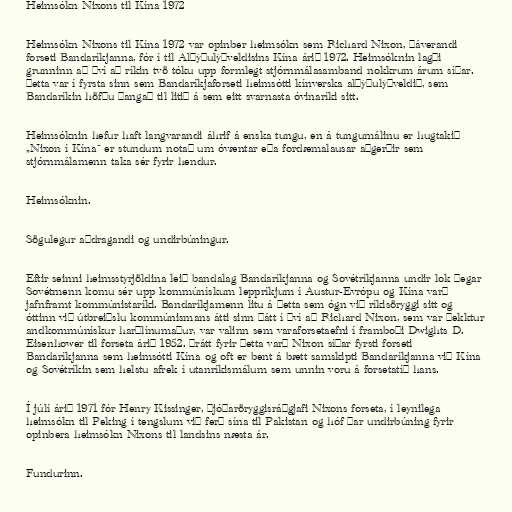
Heimsókn Nixons til Kína 1972

Heimsókn Nixons til Kína 1972 var opinber heimsókn sem Richard Nixon, þáverandi
forseti Bandaríkjanna, fór í til Alþýðulýðveldisins Kína árið 1972. Heimsóknin lagði
grunninn að því að ríkin tvö tóku upp formlegt stjórnmálasamband nokkrum árum síðar.
Þetta var í fyrsta sinn sem Bandaríkjaforseti heimsótti kínverska alþýðulýðveldið, sem
Bandaríkin höfðu þangað til litið á sem eitt svarnasta óvinaríki sitt.

Heimsóknin hefur haft langvarandi áhrif á enska tungu, en á tungumálinu er hugtakið
„Nixon í Kína“ er stundum notað um óvæntar eða fordæmalausar aðgerðir sem
stjórnmálamenn taka sér fyrir hendur.

Heimsóknin.

Sögulegur aðdragandi og undirbúningur.

Eftir seinni heimsstyrjöldina leið bandalag Bandaríkjanna og Sovétríkjanna undir lok þegar
Sovétmenn komu sér upp kommúnískum leppríkjum í Austur-Evrópu og Kína varð
jafnframt kommúnistaríki. Bandaríkjamenn litu á þetta sem ógn við ríkisöryggi sitt og
óttinn við útbreiðslu kommúnismans átti sinn þátt í því að Richard Nixon, sem var þekktur
andkommúnískur harðlínumaður, var valinn sem varaforsetaefni í framboði Dwights D.
Eisenhower til forseta árið 1952. Þrátt fyrir þetta varð Nixon síðar fyrsti forseti
Bandaríkjanna sem heimsótti Kína og oft er bent á bætt samskipti Bandaríkjanna við Kína
og Sovétríkin sem helstu afrek í utanríkismálum sem unnin voru á forsetatíð hans.

Í júlí árið 1971 fór Henry Kissinger, þjóðaröryggisráðgjafi Nixons forseta, í leynilega
heimsókn til Peking í tengslum við ferð sína til Pakistan og hóf þar undirbúning fyrir
opinbera heimsókn Nixons til landsins næsta ár.

Fundurinn.